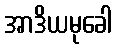
အာဒိယမုခေါ